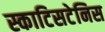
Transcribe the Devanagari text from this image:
स्काटिसटेनिस